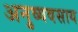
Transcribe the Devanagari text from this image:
अनुव्यवसाय